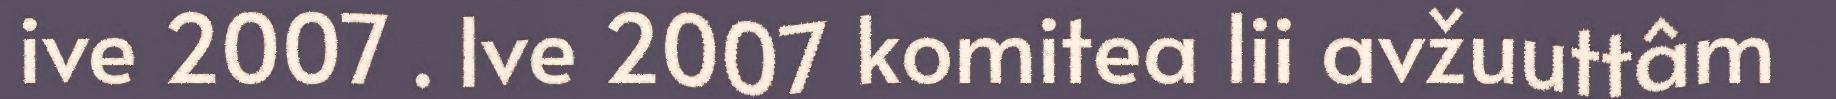
ive 2007 . Ive 2007 komitea lii avžuuttâm